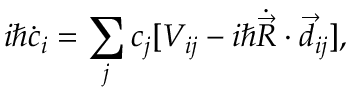
i \hbar \dot { c } _ { i } = \sum _ { j } c _ { j } [ V _ { i j } - i \hbar \dot { \vec { R } } \cdot \vec { d } _ { i j } ] ,